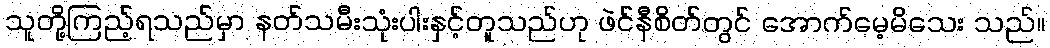
သူတို့ကြည့်ရသည်မှာ နတ်သမီးသုံးပါးနှင့်တူသည်ဟု ဖဲင်နီစိတ်တွင် အောက်မေ့မိသေး သည်။